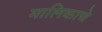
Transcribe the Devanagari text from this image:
मालिकाचे